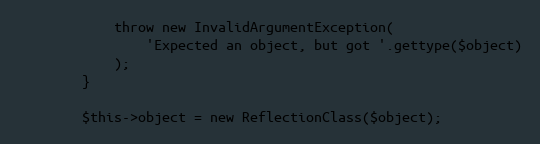
Language: PHP
            throw new InvalidArgumentException(
                'Expected an object, but got '.gettype($object)
            );
        }

        $this->object = new ReflectionClass($object);